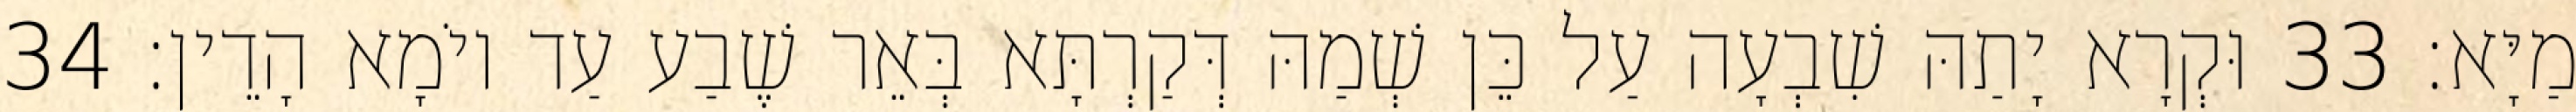
מַיָּא׃ 33 וּקְרָא יָתַהּ שִׁבְעָה עַל כֵּן שְׁמַהּ דְּקַרְתָּא בְּאֵר שֶׁבַע עַד יוֹמָא הָדֵין׃ 34